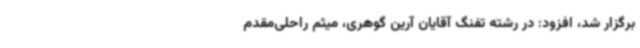
برگزار شد، افزود: در رشته تفنگ آقایان آرین گوهری، میثم راحلی‌مقدم